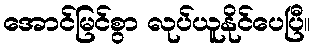
အောင်မြင်စွာ လုပ်ယူနိုင်ပေပြီ။